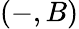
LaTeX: (-,B)